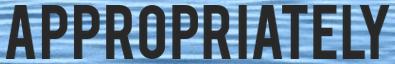
APPROPRIATELY